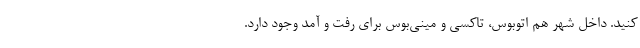
کنید. داخل شهر هم اتوبوس، تاکسی و مینی‌بوس برای رفت و آمد وجود دارد.